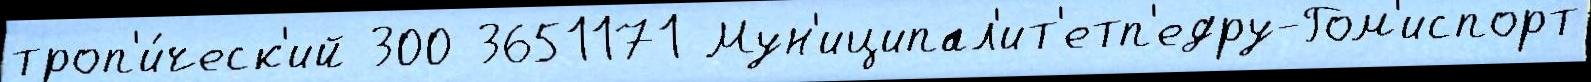
троп'и́ческ'ий 300 3651171 Мун'иципал'ит'етп'едру-Гом'испорт